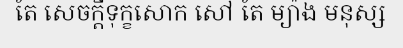
តែ សេចក្តីទុក្ខសោក សៅ តែ ម្យ៉ាង មនុស្ស